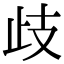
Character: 歧